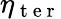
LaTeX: \eta_{\mathrm{~t~e~r~}}